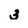
Character: 3